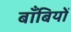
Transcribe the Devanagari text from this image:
बाँबियों